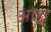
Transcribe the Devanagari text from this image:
आंड्रा